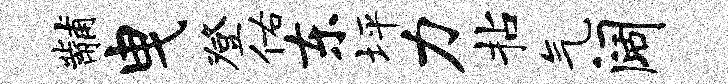
黼曳登佑东坪力拈气阔